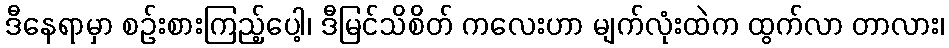
ဒီနေရာမှာ စဉ်းစားကြည့်ပေါ့၊ ဒီမြင်သိစိတ် ကလေးဟာ မျက်လုံးထဲက ထွက်လာ တာလား၊